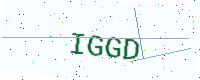
Text: IGGD